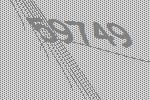
59749